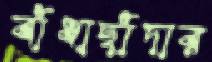
বাঁধাছাঁদার